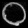
Digit: ၀